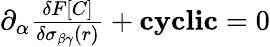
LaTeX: \begin{array}{r}{\partial_{\alpha}\frac{\delta F[C]}{\delta\sigma_{\beta\gamma}(r)}+\textbf{cyclic}=0}\end{array}